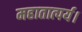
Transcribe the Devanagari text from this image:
महातात्पर्य।